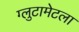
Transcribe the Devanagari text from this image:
ग्लुटामेटला